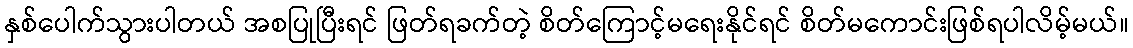
နှစ်ပေါက်သွားပါတယ် အစပြုပြီးရင် ဖြတ်ရခက်တဲ့ စိတ်ကြောင့်မရေးနိုင်ရင် စိတ်မကောင်းဖြစ်ရပါလိမ့်မယ်။